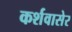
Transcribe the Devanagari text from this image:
कर्शवासेर